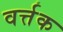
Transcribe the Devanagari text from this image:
वर्त्तक